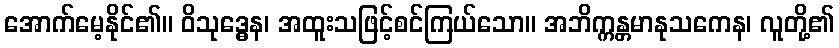
အောက်မေ့နိုင်၏။ ဝိသုဒ္ဓေန၊ အထူးသဖြင့်စင်ကြယ်သော။ အဘိက္ကန္တမာနုသကေန၊ လူတို့၏